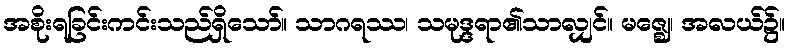
အစိုးရခြင်းကင်းသည်ရှိသော်။ သာဂရဿ၊ သမုဒ္ဒရာ၏သာလျှင်။ မဇ္ဈေ၊ အလယ်၌။